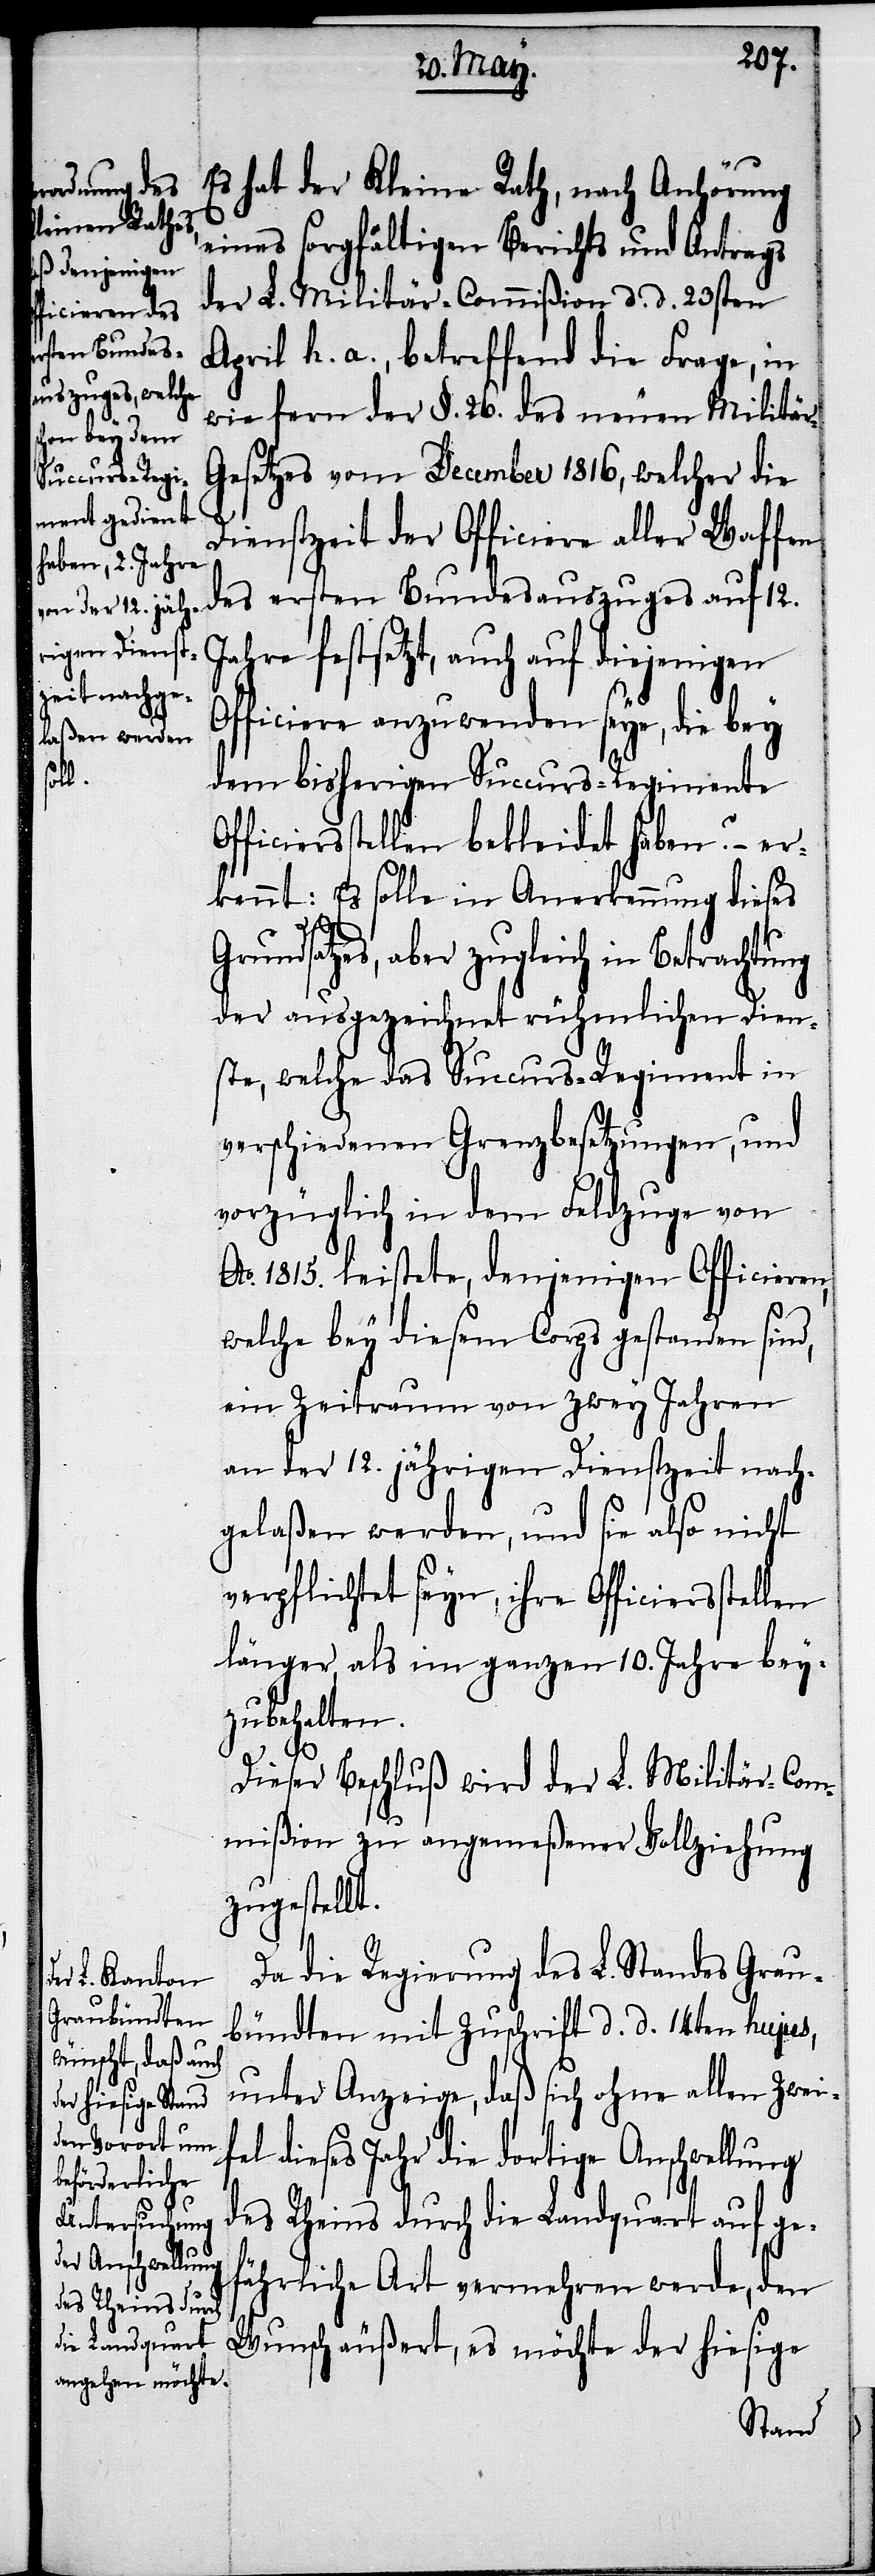
Es hat der Kleine Rath, nach Anhörung
eines sorgfältigen Berichts und Antrags
der L. Militär-Commißion d. d. 23sten
April h. a., betreffend die Frage, in
wie fern der §. 26. des neuen Militä¬
esetzes vom December 1816, welcher die
Dienstzeit der Officiere aller Waffen
des ersten Bundesauszuges auf 12.
festgesetzt, auch auf diejenigen
Officiere anzuwenden seye, die bey
dem bisherigen Succurs-Regimente
Officirsstellen bekleidet haben? – er¬
kennt: Es solle in Anerkennung dieses
aber zugleich in Betrachtung
der ausgezeichnet rühmlichen Dien¬
ste, welche das Succurs-Regiment in
verschiedenen Grenzbesetzungen, und
vorzüglich in dem Feldzuge von
Ao. 1815. leistete, denjenigen Officieren,
welche bey diesem Corps gestanden sind,
ein Zeitraum von zwey Jahren
an der 12. jährigen Dienstzeit nach¬
gelaßen werden, und sie also nicht
verpflichtet seyn, ihre Officiersste¬
länger, als im ganzen 10. Jahre bey¬
zubehalten.
llen
Dieser Beschluß wird der L. Militär-Com¬
mißion zu angemeßener Vollziehung
zugestellt.
Da die Regierung des L. Standes Grau¬
bündten mit Zuschrift d. d. 14ten hujus,
unter Anzeige, daß sich ohne allen Zweif¬
el dieses Jahr die dortige Anschwellung
des Rheins durch die Landquart auf ge¬
fährliche Art vermehren werde, den
Wunsch äußert, es möchte der hiesige